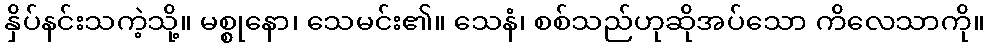
နှိပ်နင်းသကဲ့သို့။ မစ္စုနော၊ သေမင်း၏။ သေနံ၊ စစ်သည်ဟုဆိုအပ်သော ကိလေသာကို။